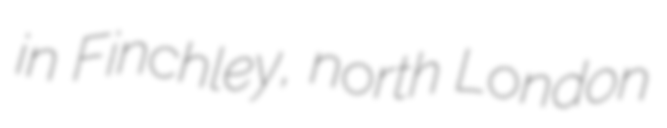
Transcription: in Finchley, north London